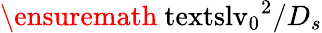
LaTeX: \ensuremath{\mathrm{\ textsl{v}}_{0}}^{2}/D_{s}